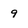
Character: 9